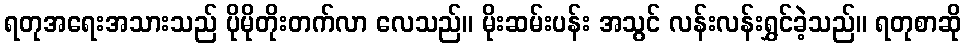
ရတုအရေးအသားသည် ပိုမိုတိုးတက်လာ လေသည်။ မိုးဆမ်းပန်း အသွင် လန်းလန်းရွှင်ခဲ့သည်။ ရတုစာဆို